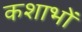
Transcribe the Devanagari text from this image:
कशाभों